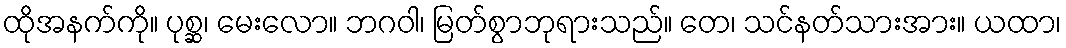
ထိုအနက်ကို။ ပုစ္ဆ၊ မေးလော။ ဘဂဝါ၊ မြတ်စွာဘုရားသည်။ တေ၊ သင်နတ်သားအား။ ယထာ၊